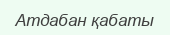
Атдабан қабаты